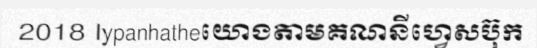
2018 lypanhatheយោងតាមគណនីហ្វេសប៊ុក